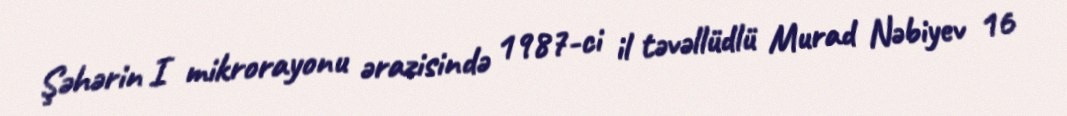
Şəhərin I mikrorayonu ərazisində 1987-ci il təvəllüdlü Murad Nəbiyev 16